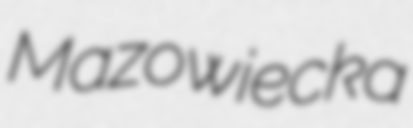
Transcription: Mazowiecka